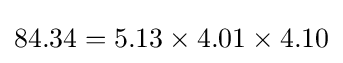
84.34=5.13\times 4.01\times 4.10